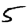
Digit: 5